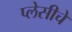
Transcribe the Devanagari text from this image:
प्लेसीचे